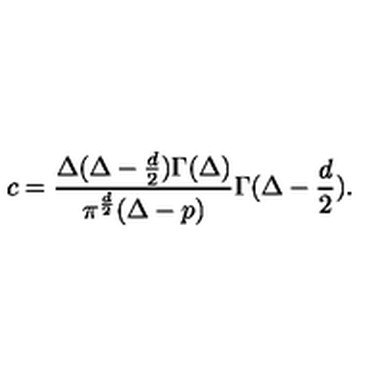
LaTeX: c = { \frac { \Delta ( \Delta - { \frac { d } { 2 } } ) \Gamma ( \Delta ) } { \pi ^ { \frac { d } { 2 } } ( \Delta - p ) } } \Gamma ( \Delta - { \frac { d } { 2 } } ) .